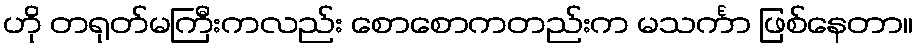
ဟို တရုတ်မကြီးကလည်း စောစောကတည်းက မသင်္ကာ ဖြစ်နေတာ။